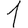
Digit: 1